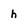
Character: h